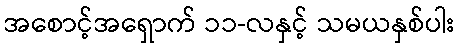
အစောင့်အရှောက် ၁၁-လနှင့် သမယနှစ်ပါး